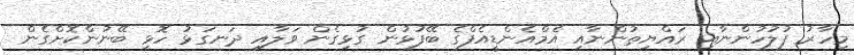
މިހާރު ފުލުހުންނާއި ރައްޔިތުންނާއި އެމްއެންޑީއެފްގެ ބޭފުޅުން ގުޅިގެން ވަލާއި ދަނގަޅު ހޮޅި ބޭނުންކޮށްގެން